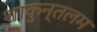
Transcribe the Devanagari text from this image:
शाकुन्तलम